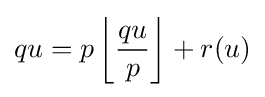
qu=p\left\lfloor {\frac {qu}{p}}\right\rfloor +r(u)